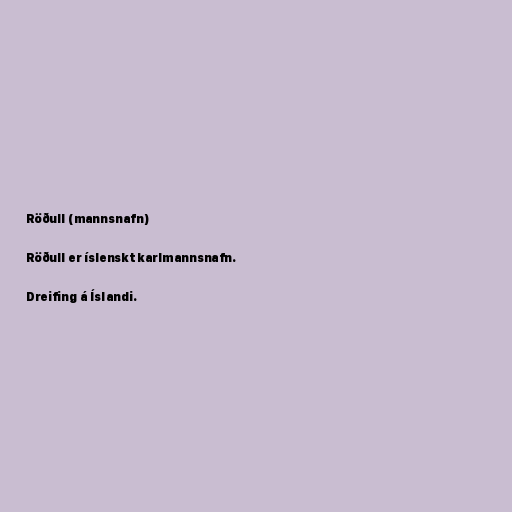
Röðull (mannsnafn)

Röðull er íslenskt karlmannsnafn.

Dreifing á Íslandi.